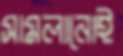
সামলানোই